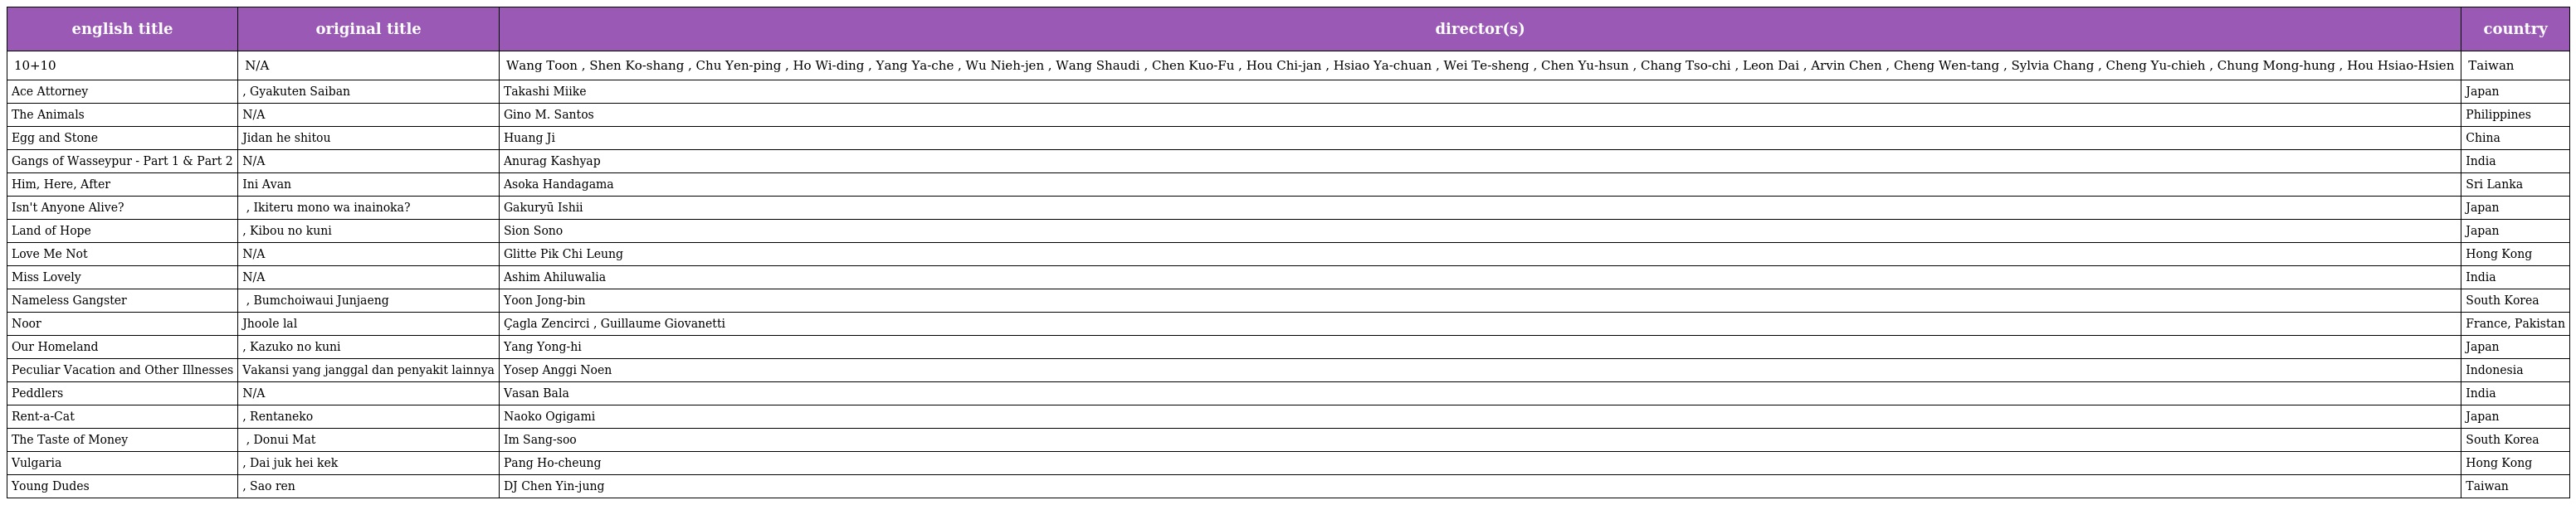
| english title | original title | director(s) | country |
 | --- | --- | --- | --- |
 | 10+10 | N/A | Wang Toon , Shen Ko-shang , Chu Yen-ping , Ho Wi-ding , Yang Ya-che , Wu Nieh-jen , Wang Shaudi , Chen Kuo-Fu , Hou Chi-jan , Hsiao Ya-chuan , Wei Te-sheng , Chen Yu-hsun , Chang Tso-chi , Leon Dai , Arvin Chen , Cheng Wen-tang , Sylvia Chang , Cheng Yu-chieh , Chung Mong-hung , Hou Hsiao-Hsien | Taiwan |
 | Ace Attorney | 逆転裁判, Gyakuten Saiban | Takashi Miike | Japan |
 | The Animals | N/A | Gino M. Santos | Philippines |
 | Egg and Stone | Jidan he shitou | Huang Ji | China |
 | Gangs of Wasseypur - Part 1 & Part 2 | N/A | Anurag Kashyap | India |
 | Him, Here, After | Ini Avan | Asoka Handagama | Sri Lanka |
 | Isn't Anyone Alive? | 生きてるものはいないのか , Ikiteru mono wa inainoka? | Gakuryū Ishii | Japan |
 | Land of Hope | 希望の国, Kibou no kuni | Sion Sono | Japan |
 | Love Me Not | N/A | Glitte Pik Chi Leung | Hong Kong |
 | Miss Lovely | N/A | Ashim Ahiluwalia | India |
 | Nameless Gangster | 범죄와의 전쟁, Bumchoiwaui Junjaeng | Yoon Jong-bin | South Korea |
 | Noor | Jhoole lal | Çagla Zencirci , Guillaume Giovanetti | France, Pakistan |
 | Our Homeland | 一かぞくのくに, Kazuko no kuni | Yang Yong-hi | Japan |
 | Peculiar Vacation and Other Illnesses | Vakansi yang janggal dan penyakit lainnya | Yosep Anggi Noen | Indonesia |
 | Peddlers | N/A | Vasan Bala | India |
 | Rent-a-Cat | レンタネコ, Rentaneko | Naoko Ogigami | Japan |
 | The Taste of Money | 돈의 맛, Donui Mat | Im Sang-soo | South Korea |
 | Vulgaria | 低俗喜劇, Dai juk hei kek | Pang Ho-cheung | Hong Kong |
 | Young Dudes | 騷人, Sao ren | DJ Chen Yin-jung | Taiwan |